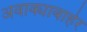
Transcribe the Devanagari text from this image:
अवाक्याबाहेर